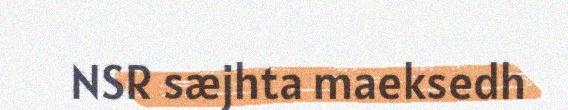
NSR sæjhta maeksedh